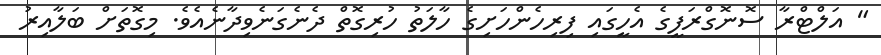
" އަލްޓްރާ ސޮނޮގްރަފީގެ އެހީގައި ފިރިހެންހަށިގެ ހާލަތު ހުރިގޮތް ދެނެގަނެވިދާނެއެވެ. މިގޮތަށް ބަލާއިރު